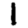
Digit: 1